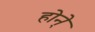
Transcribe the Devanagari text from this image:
होने्